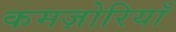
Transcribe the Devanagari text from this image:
कमज़ोरियाँ